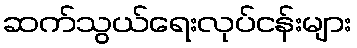
ဆက်သွယ်ရေးလုပ်ငန်းများ